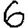
Digit: 6